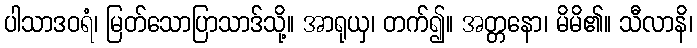
ပါသာဒဝရံ၊ မြတ်သောပြာသာဒ်သို့။ အာရုယှ၊ တက်၍။ အတ္တနော၊ မိမိ၏။ သီလာနိ၊